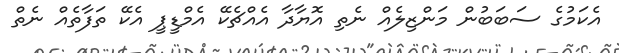
އެކަމުގެ ސަބަބުން މަންޒިލެއް ނެތި އޮޔާދާ އެއްޗެކޭ އެމްޑީޕީ އެކޭ ތަފާތެއް ނެތް